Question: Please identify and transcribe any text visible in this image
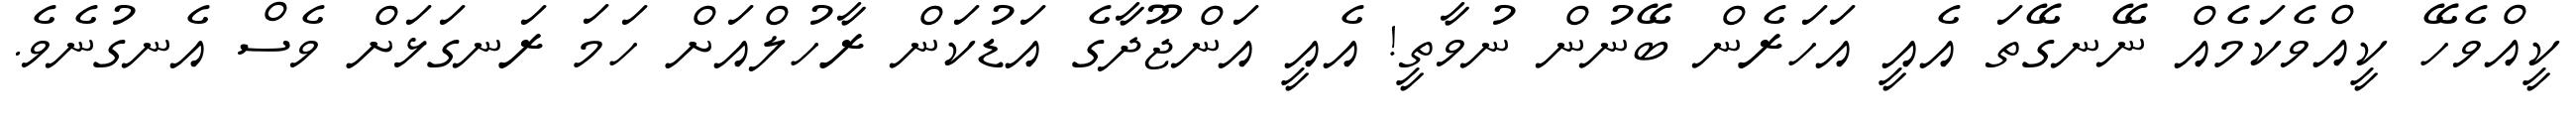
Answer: ކީއްވެހޭ ކީއްވެކަމެއް ނޭނގޭތަ އެއީ އަހަރެން ބޭނުން ނުވާތީ! އެއީ އަންޖޫދާގެ އަޑުކަން ރާހުލްއަށް ހަމަ ރަނގަޅަށް ވެސް އެނގުނެވެ.